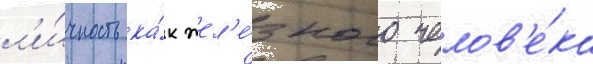
л'и́чность ка́к жел'е́зного челов'е́ка